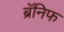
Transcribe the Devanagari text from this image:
ब्रॅनिफ